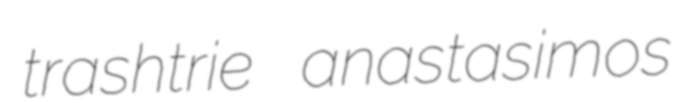
trashtrie anastasimos